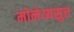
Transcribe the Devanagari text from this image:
मोनेय्यसुत्त